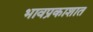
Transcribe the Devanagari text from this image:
भावप्रकाशात